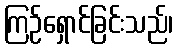
ကြဉ်ရှောင်ခြင်းသည်၊